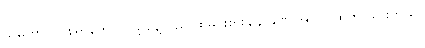
သူမဟာလုပ်စရာတွေလုပ်ဖို့ နေ့လည် ထမင်းစားချိန် ခဏ အပြင် ထွက် သွားတယ်။